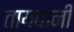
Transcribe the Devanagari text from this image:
तायवानी